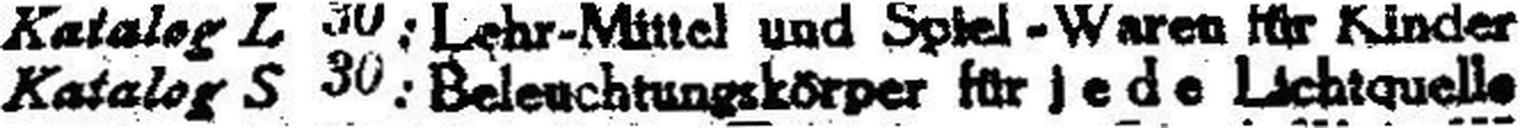
Katalog S 30:Beleuchtungskörper für jede Lichtquelle